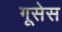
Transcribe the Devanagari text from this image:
गूसेस